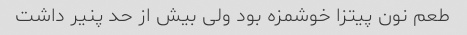
طعم نون پیتزا خوشمزه بود ولی بیش از حد پنیر داشت